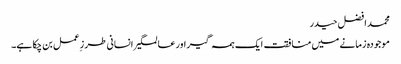
محمد افضل حیدر
موجودہ زمانے میں منافقت ایک ہمہ گیر اور عالمگیر انسانی طرز ِعمل بن چکا ہے۔